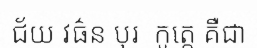
ជ័យ វធ៌ន បុរ  កូត្តេ គឺជា